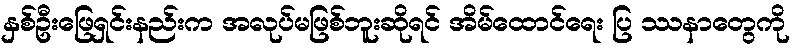
နှစ်ဦးဖြေရှင်းနည်းက အလုပ်မဖြစ်ဘူးဆိုရင် အိမ်ထောင်ရေး ပြ ဿနာတွေကို